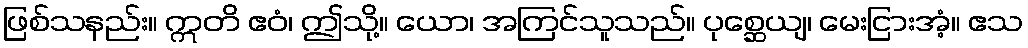
ဖြစ်သနည်း။ ဣတိ ဧဝံ၊ ဤသို့။ ယော၊ အကြင်သူသည်။ ပုစ္ဆေယျ၊ မေးငြားအံ့။ ဧသ